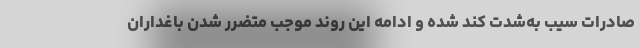
صادرات سیب به‌شدت کند شده و ادامه این روند موجب متضرر شدن باغداران